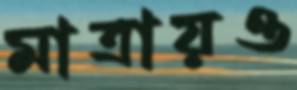
মাত্রায়ও